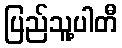
ပြည်သူ့ပါတီ